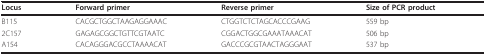
<table><thead><tr><td><b>Locus</b></td><td><b>Forward primer</b></td><td><b>Reverse primer</b></td><td><b>Size of PCR product</b></td></tr></thead><tbody><tr><td>B115</td><td>CACGCTGGCTAAGAGGAAAC</td><td>CTGGTCTCTAGCACCCGAAG</td><td>559 bp</td></tr><tr><td>2C157</td><td>GAGAGCGGCTGTTCGTAATC</td><td>CGGACTGGCGAAATAAACAT</td><td>506 bp</td></tr><tr><td>A154</td><td>CACAGGGACGCCTAAAACAT</td><td>GACCCGCGTAACTAGGGAAT</td><td>537 bp</td></tr></tbody></table>